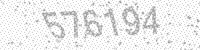
Solution: 576194